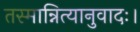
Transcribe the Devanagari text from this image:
तस्मान्नित्यानुवादः।